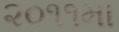
૨૦૧૧મા